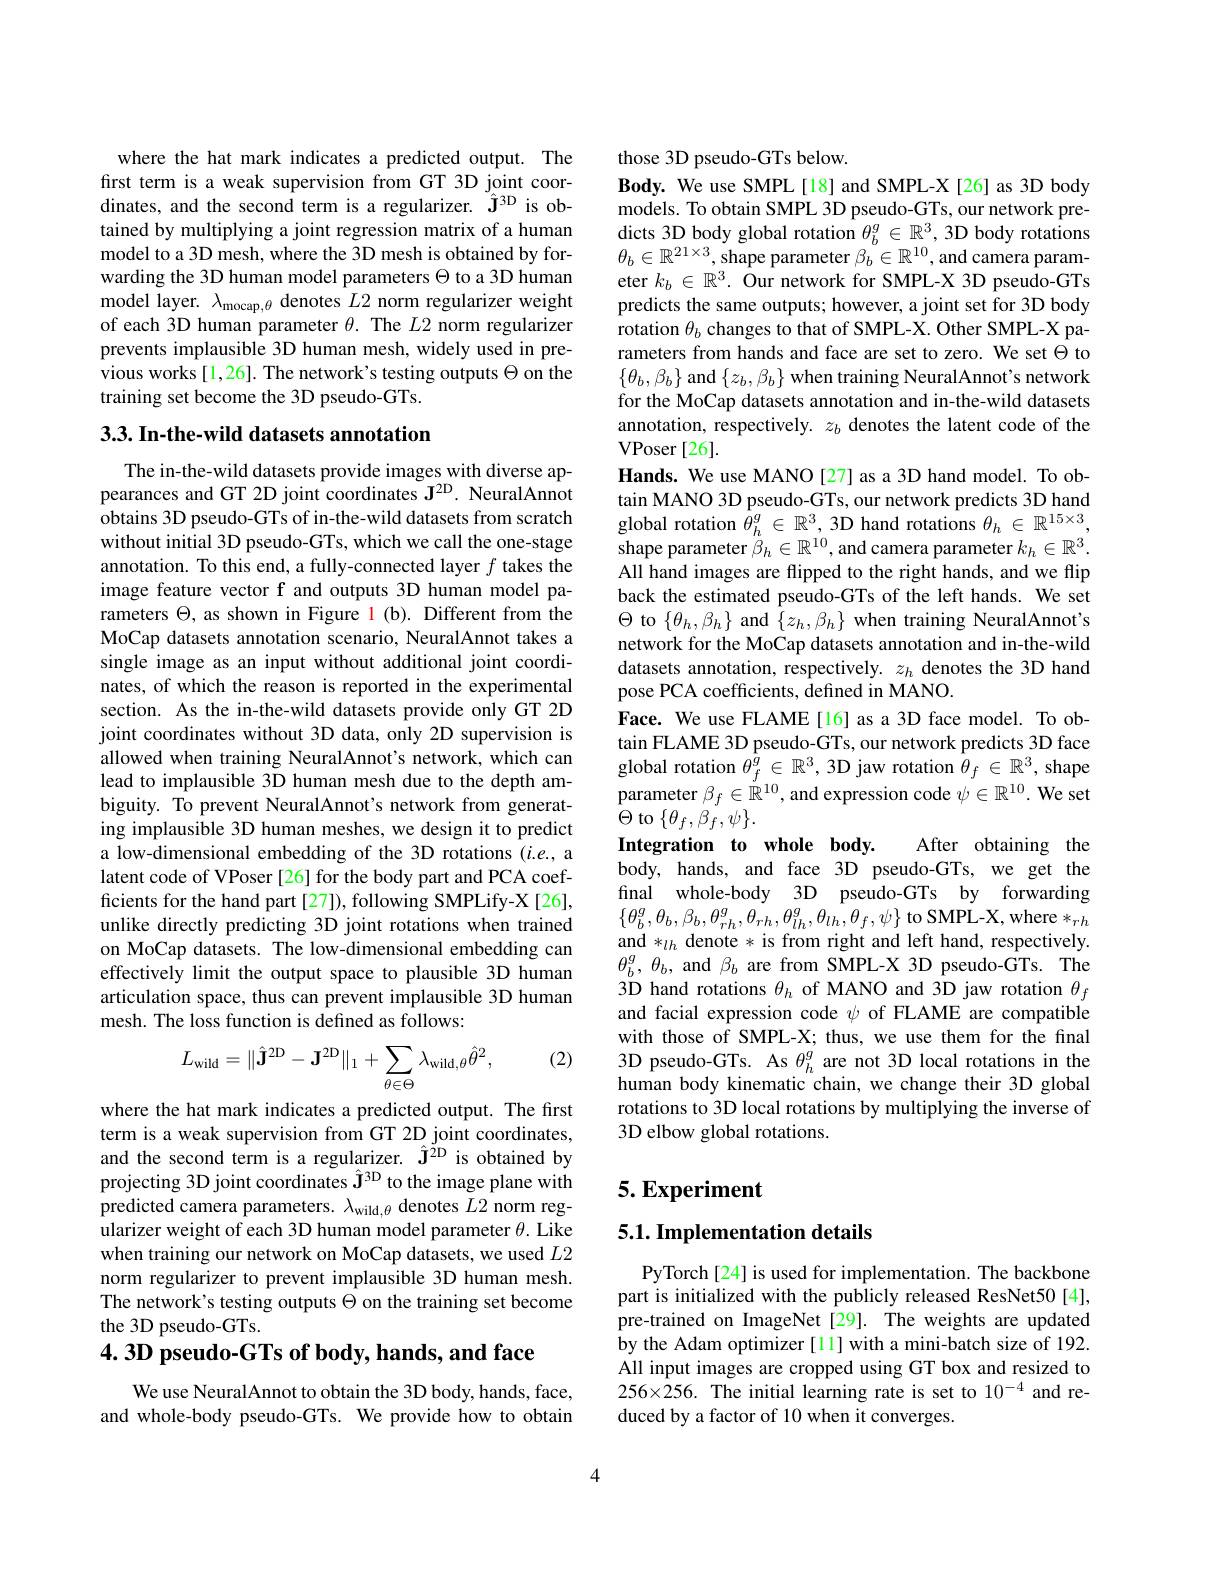
where the hat mark indicates a predicted output. The first term is a weak supervision from GT 3D joint coordinates, and the second term is a regularizer. $\hat{\mathbf{J}}^{3\mathrm{D}}$ is obtained by multiplying a joint regression matrix of a human model to a 3D mesh, where the 3D mesh is obtained by forwarding the 3D human model parameters $\Theta$ to a 3D human model layer. $\lambda_\mathrm{mocap,\theta}$ denotes $L2$ norm regularizer weight of each 3D human parameter $\theta.$ The $L2$ norm regularizer prevents implausible 3D human mesh, widely used in previous works[1,26]. The network's testing outputs $\Theta$ on the training set become the 3D pseudo-GTs.

## 3.3. In-the-wild datasets annotation

The in-the-wild datasets provide images with diverse appearances and GT 2D joint coordinates $\mathbf{J}^{2\mathrm{D}}.$ NeuralAnnot obtains 3D pseudo-GTs of in-the-wild datasets from scratch without initial 3D pseudo-GTs, which we call the one-stage annotation. To this end, a fully-connected layer $f$ takes the image feature vector f and outputs 3D human model parameters $\Theta$, as shown in Figure l (b). Different from the MoCap datasets annotation scenario, NeuralAnnot takes a single image as an input without additional joint coordinates, of which the reason is reported in the experimental section. As the in-the-wild datasets provide only GT 2D joint coordinates without 3D data, only 2D supervision is allowed when training NeuralAnnot's network, which can lead to implausible 3D human mesh due to the depth ambiguity. To prevent NeuralAnnot's network from generating implausible 3D human meshes, we design it to predict a low-dimensional embedding of the 3D rotations $(i.e.$, a latent code of VPoser [26] for the body part and PCA coefficients for the hand part [27]), following SMPLify-X[26], unlike directly predicting 3D joint rotations when trained on MoCap datasets. The low-dimensional embedding can effectively limit the output space to plausible 3D human articulation space, thus can prevent implausible 3D human mesh. The loss function is defined as follows:
$$L_{\mathrm{wild}}=\|\hat{\mathbf{J}}^{2\mathrm{D}}-\mathbf{J}^{2\mathrm{D}}\|_{1}+\sum_{\theta\in\Theta}\lambda_{\mathrm{wild},\theta}\hat{\theta}^{2},$$
(2)

where the hat mark indicates a predicted output. The first term is a weak supervision from GT 2D joint coordinates, and the second term is a regularizer. $\hat{\mathbf{J}}^{2\mathrm{D}}$ is obtained by projecting 3D joint coordinates $\hat{\mathbf{J}}^{3\mathrm{D}}$ to the image plane with predicted camera parameters. $\lambda_\mathrm{wild,\theta}$ denotes $L2$ norm regularizer weight of each 3D human model parameter $\theta.$ Like when training our network on MoCap datasets, we used $L2$ norm regularizer to prevent implausible 3D human mesh. The network's testing outputs $\Theta$ on the training set become the 3D pseudo-GTs.

4.3D pseudo-GTs of body, hands, and face

We use NeuralAnnot to obtain the 3D body, hands, face, and whole-body pseudo-GTs. We provide how to obtain

those 3D pseudo-GTs below.
Body. We use SMPL[18] and SMPL-X[26] as 3D body models. To obtain SMPL 3D pseudo-GTs, our network pre- $\begin{array}{l}\text{dicts 3D body global rotation }\theta_{b}^{g}\in\mathbb{R}^{3},3\text{D body rotations}\\\theta_{b}\in\mathbb{R}^{21\times3},\text{shape parameter }\beta_{b}\in\mathbb{R}^{10},\text{and camera param-}\\\end{array}$ eter $k_b\in\mathbb{R}^3.$ Our network for SMPL-X 3D pseudo-GTs predicts the same outputs; however, a joint set for 3D body rotation $\theta_b$ changes to that of SMPL-X. Other SMPL-X parameters from hands and face are set to zero. We set $\Theta$ to $\{\theta_b,\beta_b\}$ and $\{z_b,\beta_b\}$ when training NeuralAnnot's network for the MoCap datasets annotation and in-the-wild datasets annotation, respectively. $z_b$ denotes the latent code of the VPoser [26].
Hands. We use MANO[27] as a 3D hand model. To obtain MANO 3D pseudo-GTs, our network predicts 3D hand global rotation $\dot{\theta}_h^g\in\mathbb{R}^3$, 3D hand rotations $\theta_h\in\mathbb{R}^{15\times3}$, shape parameter $\ddot{\beta}_h\in\mathbb{R}^{10}$, and camera parameter $k_h\in\mathbb{R}^3.$ All hand images are flipped to the right hands, and we flip back the estimated pseudo-GTs of the left hands. We set $\Theta$ to $\{\theta_h,\beta_h\}$ and $\hat{\{}z_h,\beta_h\}$ when training NeuralAnnot's network for the MoCap datasets annotation and in-the-wild datasets annotation, respectively. $z_h$ denotes the 3D hand pose PCA coefficients, defined in MANO.
Face. We use FLAME[16] as a 3D face model. To obtain FLAME 3D pseudo-GTs, our network predicts 3D face global rotation $\theta_f^{\hat{g}}\in\mathbb{R}^3$, 3D jaw rotation $\hat{\theta}_f\in\mathbb{R}^3$, shape parameter $\beta_f\in\mathbb{R}^{10}$, and expression code $\psi\in\mathbb{R}^{10}.$ We set $\stackrel{1}{\Theta}$ to$\{\theta_f,\dot{\beta}_f,\psi\}.$
Integration to whole body.
After obtaining the
body, hands, and face 3D pseudo-GTs, we get the final whole-body 3D pseudo-GTs by forwarding $\{\theta_{b}^{g},\theta_{b},\beta_{b},\theta_{rh}^{g},\theta_{rh}^{g},\theta_{lh}^{g},\theta_{lh},\theta_{f},\psi\}$to SMPL-X, where $*_{rh}$ and $*_lh$ denote * is from right and left hand, respectively $\theta_{b}^{g},\theta_{b}$, and $\beta_b$ are from SMPL-X 3D pseudo-GTs. The 3D hand rotations $\theta_h$ of MANO and 3D jaw rotation $\theta_f$ and facial expression code $\psi$ of FLAME are compatible with those of SMPL-X; thus, we use them for the final $\begin{array}{ll}3\mathrm{D~pseudo-GTs.~As~\theta_h^g~are~not~3D~local~rotations~in~the}\\\text{human body kinematic chain, we change their 3D global}\end{array}$ rotations to 3D local rotations by multiplying the inverse of 3D elbow global rotations.

# 5. Experiment

## $5. 1. \textbf{Implementation details}$

PyTorch[24] is used for implementation. The backbone part is initialized with the publicly released ResNet50[4], pre-trained on ImageNet [29]. The weights are updated by the Adam optimizer [1] with a mini-batch size of 192. All input images are cropped using GT box and resized to $256\times256. The initial learning rate is set to 10^{-4} and re-$ duced by a factor of 10 when it converges.

4